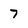
Character: 7